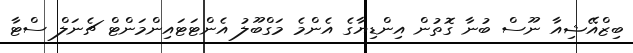
ބިޒްއޭޝިއާ ނޫސް ބުނާ ގޮތުން އިންޑިޔާގެ އެންމެ މަގްބޫލު އެންޓަޓައިންމަންޓް ޗެނަލް ސްޓާ